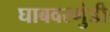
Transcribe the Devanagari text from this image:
घाबवरगुंडी